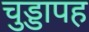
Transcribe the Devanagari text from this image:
चुड्डापह